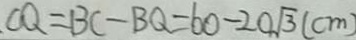
C Q = B C - B Q = 6 0 - 2 0 \sqrt { 3 } ( c m )